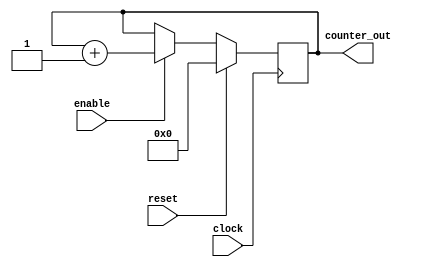
module counter (
clock ,
reset ,
enable ,
counter_out	//4 bit out
);
//input ports
input clock ;
input reset ;
input enable ;

//output ports
output [3:0] counter_out ;

//wires
wire clock ;
wire reset ;
wire enable ;
reg [3:0] counter_out ;

// code
always @ (posedge clock)
begin : COUNTER
	if (reset == 1'b1)begin
		counter_out <= #1 4'b0000;
	end
	else if (enable == 1'b1) begin
		counter_out <= #1 counter_out + 1;
	end
end

endmodule